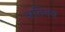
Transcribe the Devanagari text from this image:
अतिनव